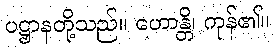
ပဋ္ဌာနတို့သည်။ ဟောန္တိ၊ ကုန်၏။